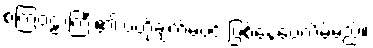
စကြဝဠာကြီး၏ ဗဟိုချက်မပင် ဖြစ်နေပေလိမ့်မည်။